Mental hospitals Bombay report 1929-33 - 1929-1933
Year: 1929
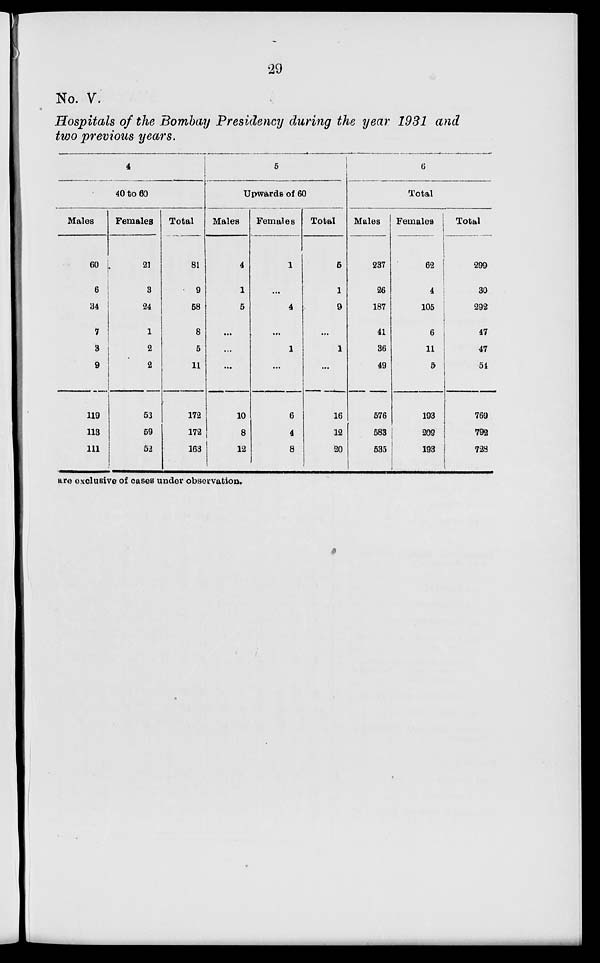
29
No. V.
Hospitals of the Bombay Presidency during the year 1931 and
two previous years.
4
40 to 60
Males
60
6
34
7
3
9
119
113
111
Females
21
3
24
1
2
2
53
59
52
Total
81
9
68
8
5
11
172
172
163
5
Upwards of 60
Males
4
1
5
...
...
...
10
8
12
Females
1
...
4
...
1
...
6
4
8
Total
5
1
9
...
1
...
16
12
20
6
Total
Males
237
26
187
41
36
49
576
583
535
Females
62
4
105
6
11
5
193
209
193
Total
299
30
292
47
47
54
769
792
723
are exclusive of cases under observation.